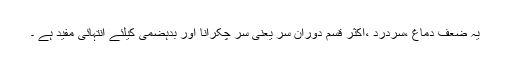
یہ ضعف دماغ ،سردرد ،اکثر قسم دوران سر یعنی سر چکرانا اور بدہضمی کیلئے انتہائی مفید ہے ۔